Indian journal of veterinary science and animal husbandry - Volume 3,
Year: 1933
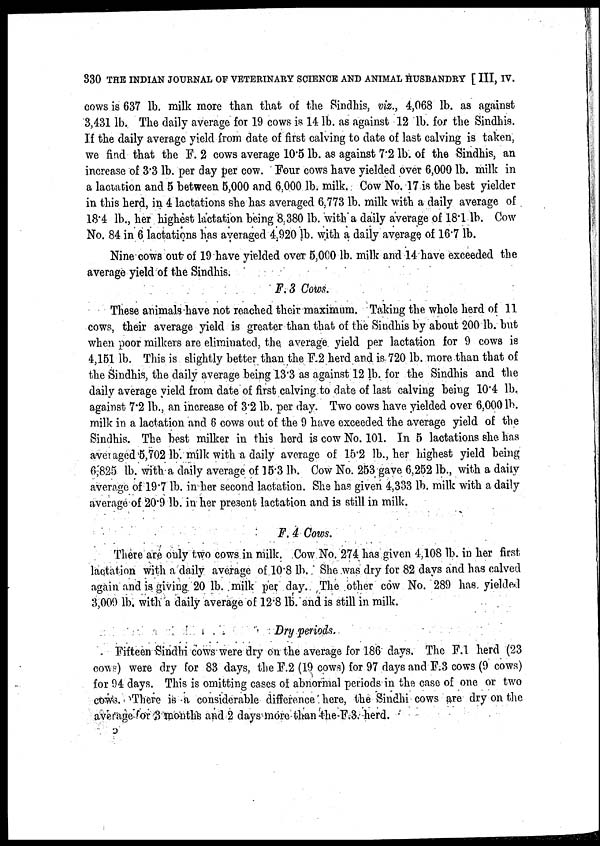
330 THE INDIAN JOURNAL OF VETERINARY SCIENCE AND ANIMAL HUSBANDRY [ III, IV.
cows is 637 lb. milk more than that of the Sindhis, viz., 4,068 lb. as against
3,431 lb. The daily average for 19 cows is 14 lb. as against 12 lb. for the Sindhis.
If the daily average yield from date of first calving to date of last calving is taken,
we find that the F. 2 cows average 10.5 lb. as against 7.2 lb. of the Sindhis, an
increase of 3.3 lb. per day per cow. Four cows have yielded over 6,000 lb. milk in
a lactation and 5 between 5,000 and 6,000 lb. milk. Cow No. 17 is the best yielder
in this herd, in 4 lactations she has averaged 6,773 lb. milk with a daily average of
18.4 lb., her highest lactation being 8,380 lb. with a daily average of 18.1 lb. Cow
No. 84 in 6 lactations has averaged 4,920 lb. with a daily average, of 16.7 lb.
Nine cows out of 19 have yielded over 5,000 lb. milk and 14 have exceeded the
average yield of the Sindhis.
F. 3 Cows.
These animals have not reached their maximum. Taking the whole herd of 11
cows, their average yield is greater than that of the Sindhis by about 200 lb. but
when poor milkers are eliminated, the. average yield per lactation for 9 cows is
4,151 lb. This is slightly better than the F.2 herd and is 720 lb. more than that of
the Sindhis, the daily average being 13.3 as against 12 lb. for the Sindhis and the
daily average yield from date of first calving to date of last calving being 10.4 lb.
against 7.2 lb., an increase of 3.2 lb. per day. Two cows have yielded over 6,000 lb.
milk in a lactation and 6 cows out of the 9 have exceeded the average yield of the
Sindhis. The best milker in this herd is cow No. 101. In 5 lactations she has
averaged 5,702 lb. milk with a daily average of 15.2 lb., her highest yield being
6,825 lb. with a daily average of 15.3 lb. Cow No. 253 gave 6,252 lb., with a daily
average of 19.7 lb. in her second lactation. She has given 4,333 lb. milk with a daily
average of 20.9 lb. in her present lactation and is still in milk.
F. 4 Cows.
There are only two cows in milk. Cow No. 274 has given 4,108 lb. in her first
lactation with a daily average of 10.8 lb. She was dry for 82 days and has calved
again and is giving. 20 lb. milk per day. The other cow No. 289 has. yielded
3,009 lb. with a daily average of 12.8 lb. and is still in milk.
Dry periods.
Fifteen Sindhi cows were dry on the average for 186 days. The F.1 herd (23
cows) were dry for 83 days, the F.2 (19 cows) for 97 days and F.3 cows (9 cows)
for 94 days. This is omitting cases of abnormal periods in the case of one or two
cows. There is a considerable difference here, the Sindhi cows are dry on the
average for 3 months and 2 days more than the F.3. herd.